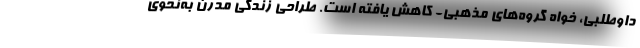
داوطلبی، خواه گروه‌های مذهبی- کاهش یافته است. طراحی زندگی مدرن به‌نحوی